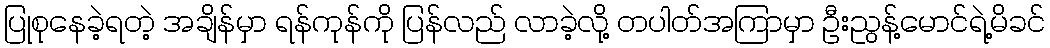
ပြုစုနေခဲ့ရတဲ့ အချိန်မှာ ရန်ကုန်ကို ပြန်လည် လာခဲ့လို့ တပါတ်အကြာမှာ ဦးညွန့်မောင်ရဲ့မိခင်